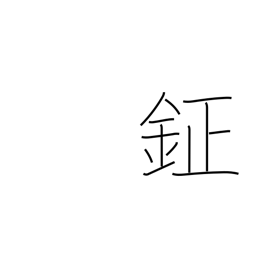
Meaning: bell